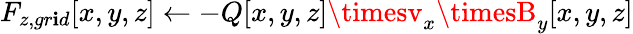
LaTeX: F_{z,gr\mathbf{i}d}[x,y,z]\gets-Q[x,y,z]\timesv_{x}\timesB_{y}[x,y,z]